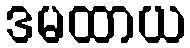
ဒမထာယ